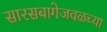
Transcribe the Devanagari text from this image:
सारसबागेजवळच्या